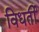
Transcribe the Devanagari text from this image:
विधर्ती